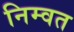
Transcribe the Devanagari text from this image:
निम्वत